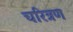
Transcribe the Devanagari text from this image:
चरित्रण